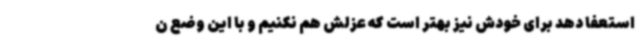
استعفا دهد برای خودش نیز بهتر است که عزلش هم نکنیم و با این وضع ن